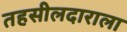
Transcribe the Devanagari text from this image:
तहसीलदाराला